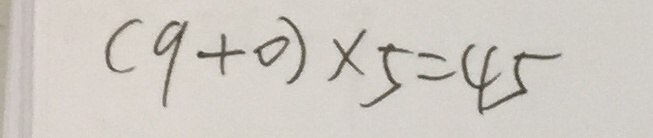
( 9 + 0 ) \times 5 = 4 5